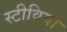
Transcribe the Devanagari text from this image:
स्टीविया